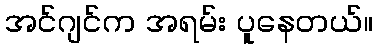
အင်ဂျင်က အရမ်း ပူနေတယ်။